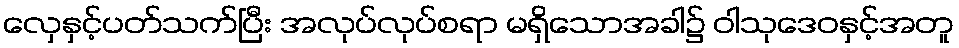
လှေနှင့်ပတ်သက်ပြီး အလုပ်လုပ်စရာ မရှိသောအခါ၌ ဝါသုဒေဝနှင့်အတူ